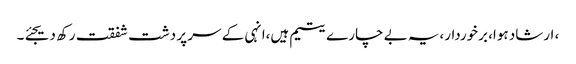
، ارشاد ہوا، برخوردار،یہ بے چارے یتیم ہیں،انہی کے سر پر دشت شفقت رکھ دیجئے۔